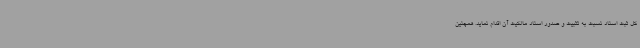
کل ثبت اسناد نسبت به تثبیت و صدور اسناد مالکیت آن اقدام نماید. همچنین